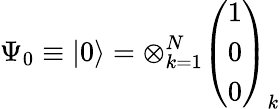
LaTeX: \Psi_{0}\equiv\left|0\right\rangle=\otimes_{k=1}^{N}\left(\begin{array}{l}{{1}}\\ {{0}}\\ {{0}}\end{array}\right)_{k}